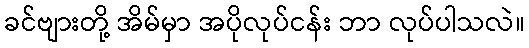
ခင်ဗျားတို့ အိမ်မှာ အပိုလုပ်ငန်း ဘာ လုပ်ပါသလဲ။